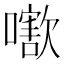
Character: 𡁍